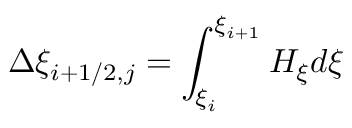
\displaystyle \Delta \xi _ { i + 1 / 2 , j } = \int _ { \xi _ { i } } ^ { \xi _ { i + 1 } } H _ { \xi } d \xi